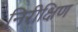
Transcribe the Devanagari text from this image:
निरीक्षिण